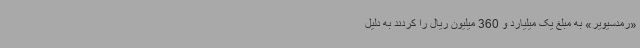
«رمدسیویر» به مبلغ یک میلیارد و 360 میلیون ریال را کردند به دلیل